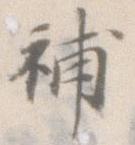
補